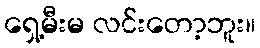
ရှေ့မီးမ လင်းတော့ဘူး။